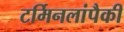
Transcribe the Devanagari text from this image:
टर्मिनलांपैकी